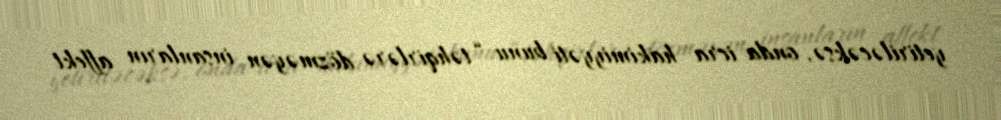
yetiriləcəksə, onda icra hakimiyyəti bunu “təhqirlərə dözməyən insanların affekt